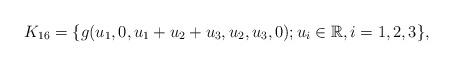
LaTeX: \begin{align*} K_{16}=\{g(u_1,0,u_1+u_2+u_3,u_2,u_3,0); u_i \in \mathbb R, i=1,2,3 \}, \end{align*}